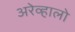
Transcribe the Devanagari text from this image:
अरेव्हालो